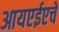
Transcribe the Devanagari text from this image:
आयएईएचे